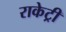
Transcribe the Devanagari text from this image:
राकेट्री